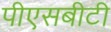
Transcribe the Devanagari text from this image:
पीएसबीटी